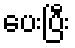
ပေးပြီး